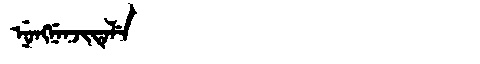
Manchu: ᠨᡠᠩᠨᡝᠨᠵᡳᡨᡝᠯᡝ
Romanization: NUNGNENJITELE